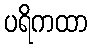
ပရိကထာ